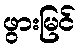
ဖွားမြင်